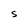
Character: s